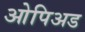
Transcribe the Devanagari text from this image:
ओपिअड